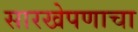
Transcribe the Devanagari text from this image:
सारखेपणाचा